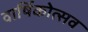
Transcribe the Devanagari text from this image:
वार्षिकोत्‍सव